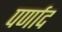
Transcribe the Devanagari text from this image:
पर्णाद